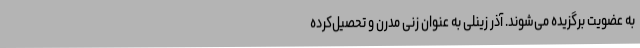
به عضویت برگزیده می‌شوند. آذر زینلی به عنوان زنی مدرن و تحصیل‌کرده